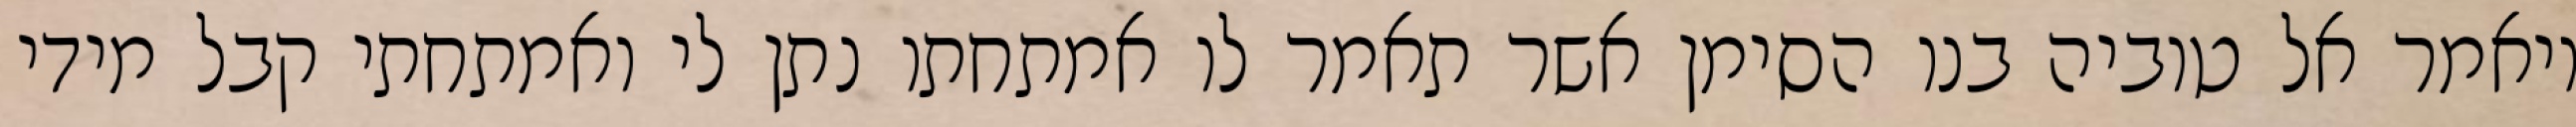
ויאמר אל טוביה בנו הסימן אשר תאמר לו אמתחתו נתן לי ואמתחתי קבל מידי